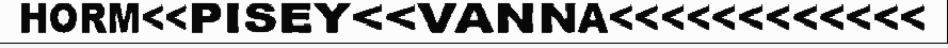
HORM<<PISEY<<VANNA<<<<<<<<<<<<